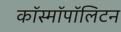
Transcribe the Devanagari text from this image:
कॉस्मॉपॉलिटन